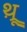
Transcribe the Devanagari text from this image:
थ़्रू